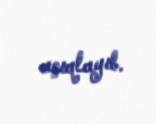
açıqlayıb.